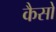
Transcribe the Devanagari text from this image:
कैसो